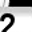
Digit: 2